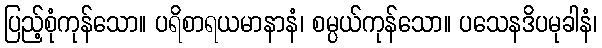
ပြည့်စုံကုန်သော။ ပရိစာရယမာနာနံ၊ စမ္ပယ်ကုန်သော။ ပသေနဒိပမုခါနံ၊